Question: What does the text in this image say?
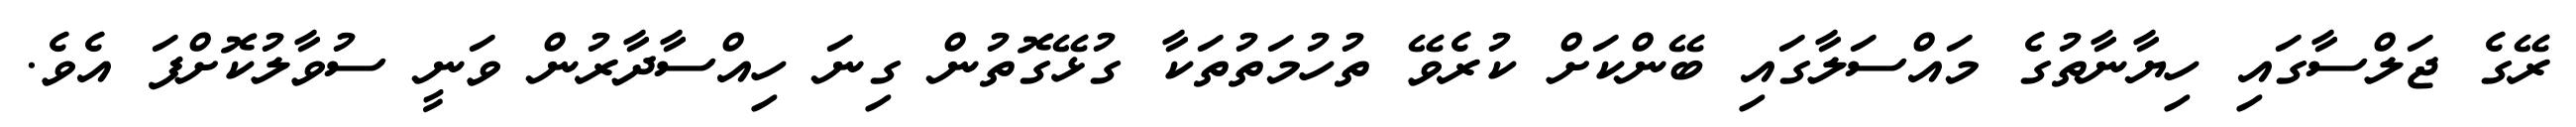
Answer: ރޭގެ ޖަލްސާގައި ހިޔާނާތުގެ މައްސަލާގައި ބޭންކަށް ކުރެވޭ ތުހުމަތުތަކާ ގުޅޭގޮތުން ގިނަ ހިއްސާދާރުން ވަނީ ސުވާލުކޮށްފަ އެވެ.